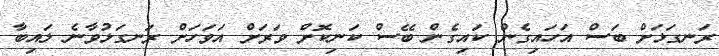
ރަނގަޅަށް ބަސް އަހައިގެން ކައިގެން ބޭސް ކަނިކޮށް ވަރަށް އަވަހަށް ރަނގަޅުވާނެ ލައިބާ